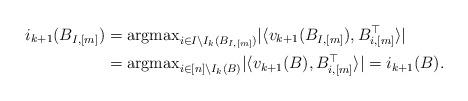
LaTeX: \begin{align*}i_{k+1}(B_{I,[m]}) &= {\rm argmax}_{i \in I\backslash I_k(B_{I,[m]})}|\langle v_{k+1}(B_{I,[m]}) , B_{i,[m]}^\top\rangle|\\&={\rm argmax}_{i \in [n]\backslash I_k(B)}|\langle v_{k+1}(B) , B_{i,[m]}^\top\rangle|=i_{k+1}(B).\end{align*}